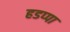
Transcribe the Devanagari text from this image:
हडप्‍पा